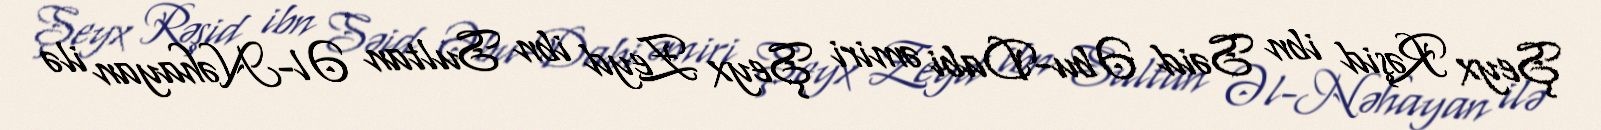
Şeyx Rəşid ibn Səid Əbu-Dabi əmiri Şeyx Zeyd ibn Sultan Əl-Nəhayan ilə